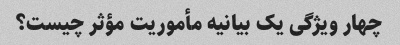
چهار ویژگی یک بیانیه مأموریت مؤثر چیست؟